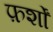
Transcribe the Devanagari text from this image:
फ़र्शों